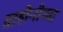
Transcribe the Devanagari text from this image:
वाहीनीच्या